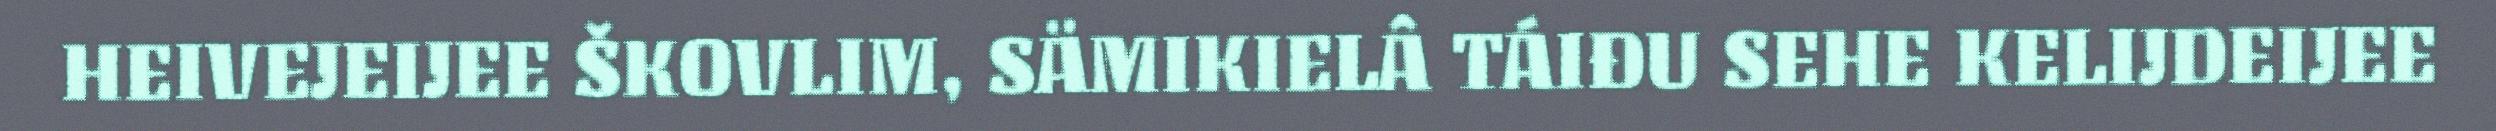
HEIVEJEIJEE ŠKOVLIM, SÄMIKIELÂ TÁIĐU SEHE KELIJDEIJEE